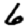
Digit: 6